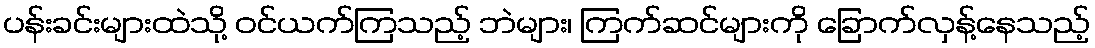
ပန်းခင်းများထဲသို့ ဝင်ယက်ကြသည့် ဘဲများ၊ ကြက်ဆင်များကို ခြောက်လှန့်နေသည့်